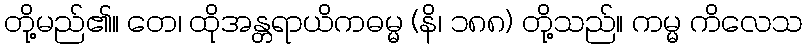
တို့မည်၏။ တေ၊ ထိုအန္တရာယိကဓမ္မ (နိ၊ ၁၈၈) တို့သည်။ ကမ္မ ကိလေသ